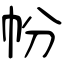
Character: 帉